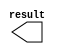
module X1_const (
	result);

	output	[9:0]  result;

endmodule